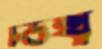
চউখ